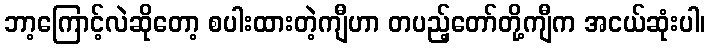
ဘာ့ကြောင့်လဲဆိုတော့ စပါးထားတဲ့ကျီဟာ တပည့်တော်တို့ကျီက အငယ်ဆုံးပါ၊